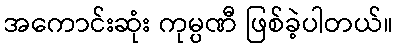
အကောင်းဆုံး ကုမ္ပဏီ ဖြစ်ခဲ့ပါတယ်။